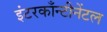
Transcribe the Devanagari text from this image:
इंटरकाँन्टीनेंटल